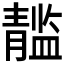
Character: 𲊘